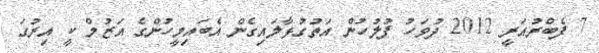
7 ފެބްރުއަރީ 2012 ދުވަހު ފުލުހުން އަތުގުޅާލައިގެން އެބައިމީހުންގެ އަޒުމް ކީ އިރުގަ